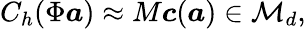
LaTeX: C_{h}(\Phi\boldsymbol{a})\approx M\boldsymbol{c}(\boldsymbol{a})\in\mathcal{M}_{d},